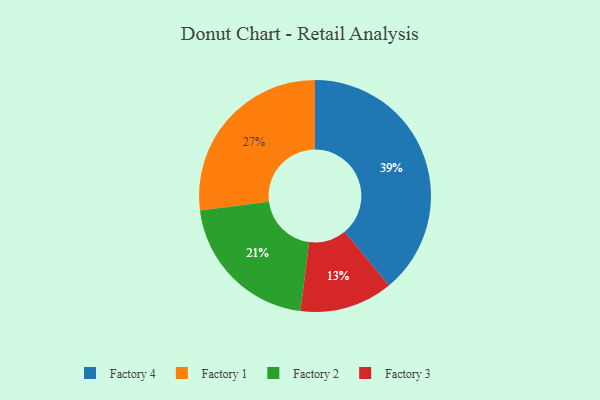
{"axis": {"x": "Category", "y": "Percentage"}, "legend": ["Factory 1", "Factory 2", "Factory 3", "Factory 4"], "data": [{"x": "Factory 3", "y": 13, "type": "Factory 3"}, {"x": "Factory 2", "y": 21, "type": "Factory 2"}, {"x": "Factory 1", "y": 27, "type": "Factory 1"}, {"x": "Factory 4", "y": 39, "type": "Factory 4"}]}